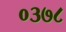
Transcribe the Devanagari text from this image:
०३७८